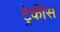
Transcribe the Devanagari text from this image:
ट्रेकीस